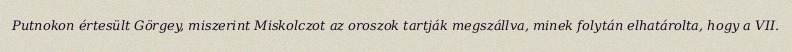
Putnokon értesült Görgey, miszerint Miskolczot az oroszok tartják megszállva, minek folytán elhatárolta, hogy a VII.